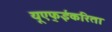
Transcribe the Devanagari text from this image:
यूएफ्ईकरिता